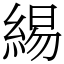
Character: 緆